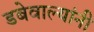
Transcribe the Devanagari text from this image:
डबेवाल्यांनी